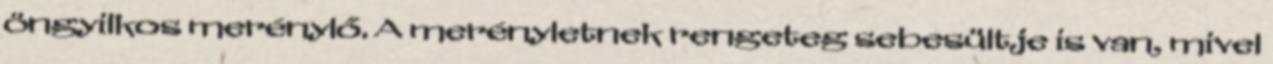
öngyilkos merénylő. A merényletnek rengeteg sebesültje is van, mivel